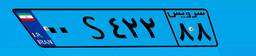
۰۰S۴۲۲۸۸